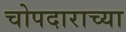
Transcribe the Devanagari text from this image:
चोपदाराच्या